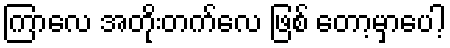
ကြာလေ အတိုးတက်လေ ဖြစ် တော့မှာပေါ့